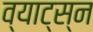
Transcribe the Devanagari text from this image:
व्याट्स्न